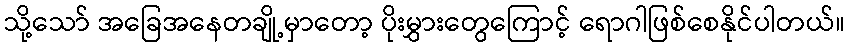
သို့သော် အခြေအနေတချို့မှာတော့ ပိုးမွှားတွေကြောင့် ရောဂါဖြစ်စေနိုင်ပါတယ်။